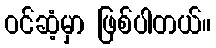
ဝင်ဆံ့မှာ ဖြစ်ပါတယ်။